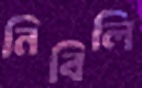
নিবিলি